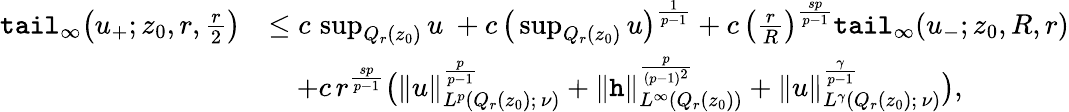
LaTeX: \begin{array}{rl}{\textup{\texttt{tail}}_{\infty}\big(u_{+};z_{0},r,\frac{r}{2}\big)}&{\le c\, \operatorname*{sup}_{Q_{r}(z_{0})}u\ +c\, \big(\operatorname*{sup}_{Q_{r}(z_{0})}u\big)^{\frac{1}{p-1}}+c\, \left(\frac{r}{R}\right)^{\frac{sp}{p-1}}\textup{\texttt{tail}}_{\infty}(u_{-};z_{0},R,r)}\\ &{\quad+c\, r^{\frac{sp}{p-1}}\big(\| u\| _{L^{p}(Q_{r}(z_{0});\, \nu)}^{\frac{p}{p-1}}+\| \mathtt{h}\| _{L^{\infty}(Q_{r}(z_{0}))}^{\frac{p}{(p-1)^{2}}}+\| u\| _{L^{\gamma}(Q_{r}(z_{0});\, \nu)}^{\frac{\gamma}{p-1}}\big),}\end{array}